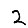
Digit: 2